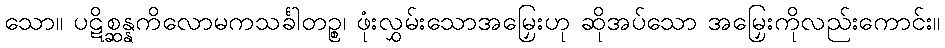
သော။ ပဋိစ္ဆန္နကိလောမကသင်္ခါတဉ္စ၊ ဖုံးလွှမ်းသောအမြှေးဟု ဆိုအပ်သော အမြှေးကိုလည်းကောင်း။